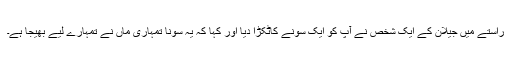
راستے میں جیلان کے ایک شخص نے آپ کو ایک سونے کاٹکڑا دیا اور کہا کہ یہ سونا تمہاری ماں نے تمہارے لیے بھیجا ہے۔